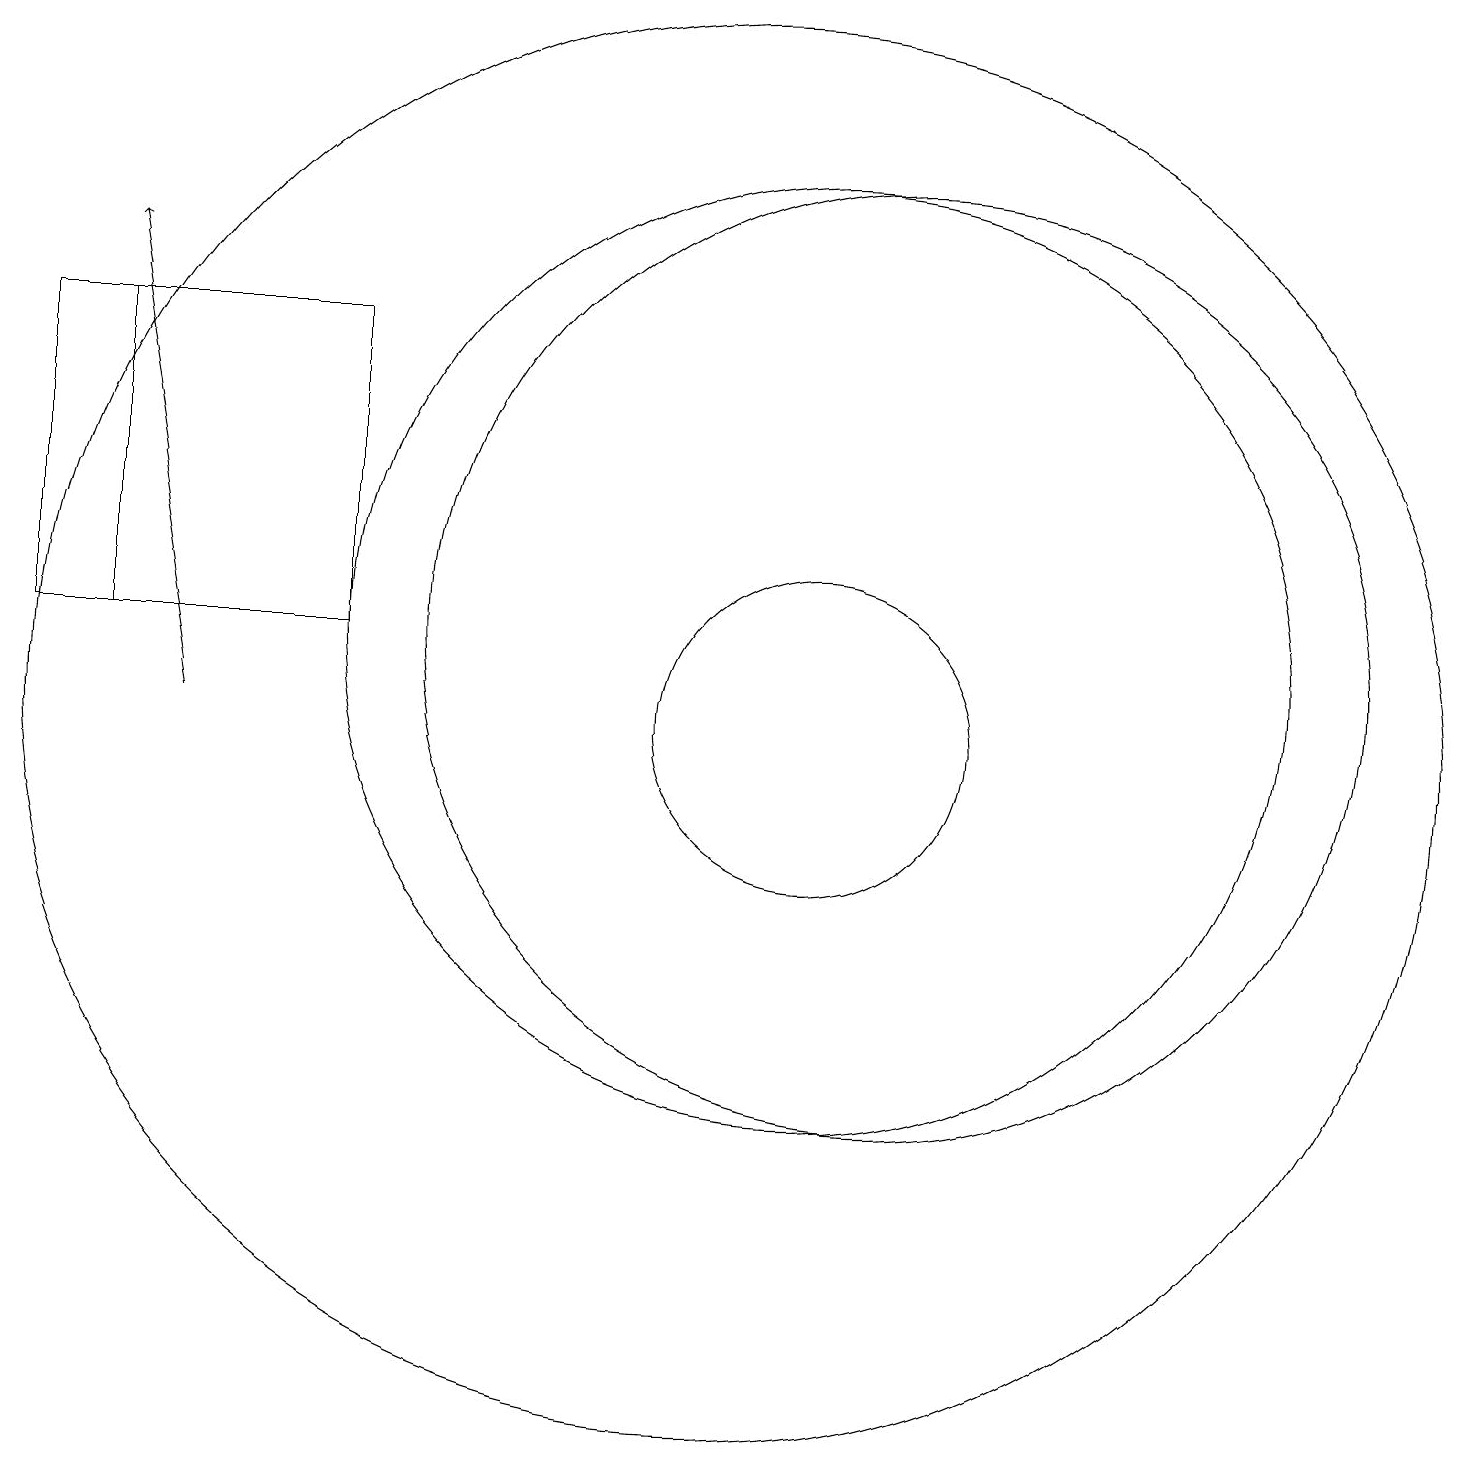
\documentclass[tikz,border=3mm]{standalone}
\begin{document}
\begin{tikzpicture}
\draw (10,10) circle (9);
\draw (12,11) circle (6);
\draw (2,15) rectangle (5,11);
\draw (11,10) circle (2);
\draw (5,15) rectangle (1,11);
\draw[->] (3,10) -- (2,16);
\draw (11,11) circle (6);
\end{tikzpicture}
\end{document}